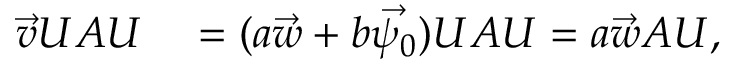
\begin{array} { r l } { \vec { v } U A U } & { { } = ( a \vec { w } + b \vec { \psi _ { 0 } } ) U A U = a \vec { w } A U , } \end{array}